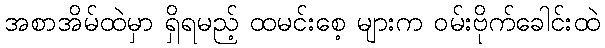
အစာအိမ်ထဲမှာ ရှိရမည့် ထမင်းစေ့ များက ဝမ်းဗိုက်ခေါင်းထဲ